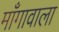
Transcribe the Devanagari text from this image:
माँगावाला